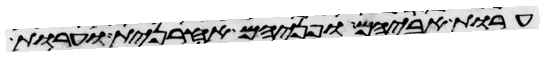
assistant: ערות אביהם ופניהם אחרנית וערות